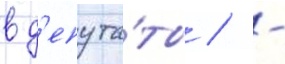
в д'епута́ты / -